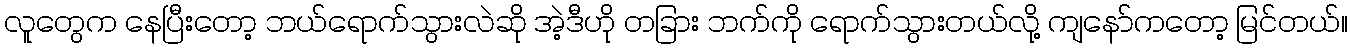
လူတွေက နေပြီးတော့ ဘယ်ရောက်သွားလဲဆို အဲ့ဒီဟို တခြား ဘက်ကို ရောက်သွားတယ်လို့ ကျနော်ကတော့ မြင်တယ်။